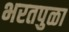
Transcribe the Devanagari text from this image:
भरतपुळा